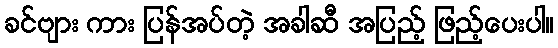
ခင်ဗျား ကား ပြန်အပ်တဲ့ အခါဆီ အပြည့် ဖြည့်ပေးပါ။